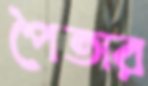
পৈতার